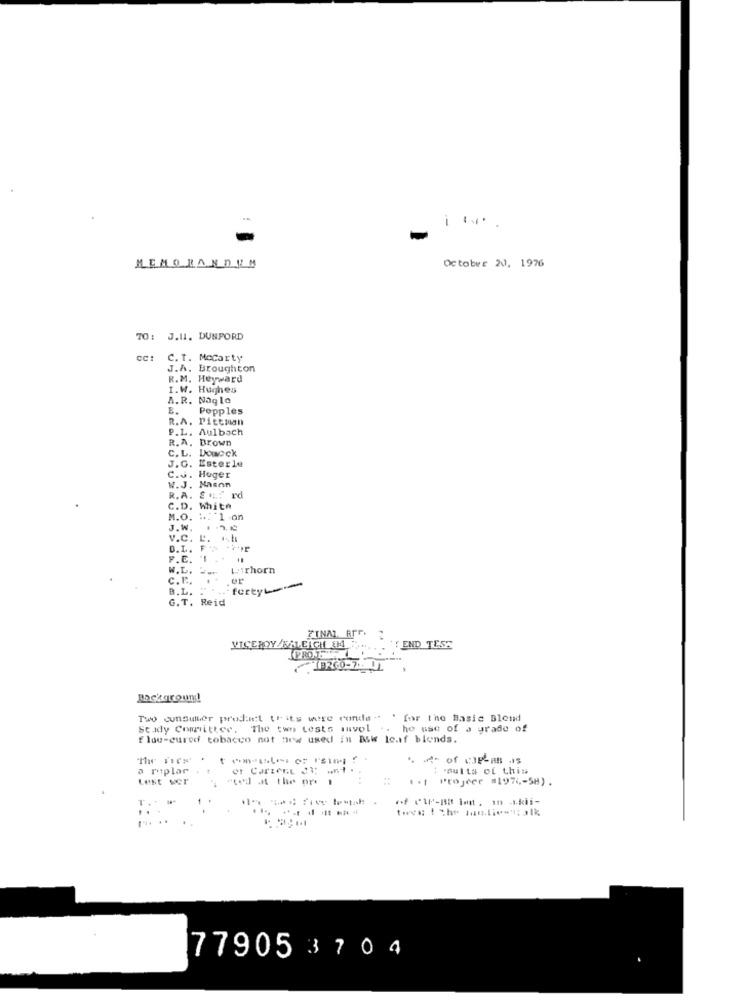
-
Octobre 20, 1976
MEMORANDUM
J.11. DUNFORD
C. T. Mocarty
J.A. Broughton
R.M. Heyward
I.W. Hughes
A.R. Nagle
E.
Pepples
R.A. Pittman
P.L. Aulbach
R. A. Brown
C. L. Doucck
J.G. Esterle
C.J. Huger
W.J. Mason
R.A. EM .: rd
C.D. White
M.O. W. 1 on
J.W.
v.C. L. ..
D.I. F.
P.C. 1
W.L. Ww
LuiThorn
c.F ..
B.L.
forty --
G.T. Reid
FINAL APP.
VICEROY/MAIEIGHT 84
END TESE
Two consumer product trits were runde - ' for the Basic Blend
Stady Committee, The two tests invol .. he use of a grade of
flou-cured tobacco not new used in Bsw leaf blends.
a roplar
: aults of this
Lest Ser
"ted at the ore 1
.. ( Projeer =1974-5H).
1
.. ..
77905 3 70 4